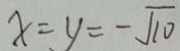
x = y = - \sqrt { 1 0 }